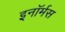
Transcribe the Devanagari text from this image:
इनॉर्मस